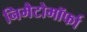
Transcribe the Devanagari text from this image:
निमैटोमॉर्फा